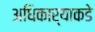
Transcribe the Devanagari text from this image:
अधिकार्याकडे